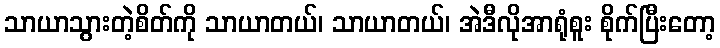
သာယာသွားတဲ့စိတ်ကို သာယာတယ်၊ သာယာတယ်၊ အဲဒီလိုအာရုံစူး စိုက်ပြီးတော့